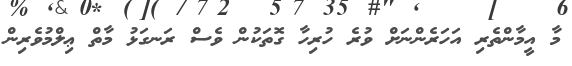
މާ އީމާންތެރި އަހަރެންނަށް ވުރެ ހުރިހާ ގޮތަކުން ވެސް ރަނގަޅު މާތް ޢިލްމުވެރިން